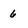
Character: 6